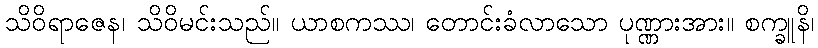
သိဝိရာဇေန၊ သိဝိမင်းသည်။ ယာစကဿ၊ တောင်းခံလာသော ပုဏ္ဏားအား။ စက္ခူနိ၊